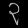
Digit: ၃